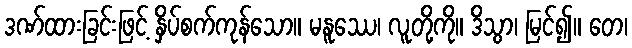
ဒဏ်ထားခြင်းဖြင့် နှိပ်စက်ကုန်သော။ မနူဿေ၊ လူတို့ကို။ ဒိသွာ၊ မြင်၍။ တေ၊